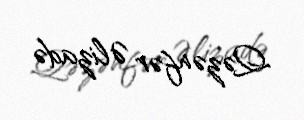
Qəzənfər Əlizadə